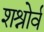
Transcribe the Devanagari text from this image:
शश्रोर्व